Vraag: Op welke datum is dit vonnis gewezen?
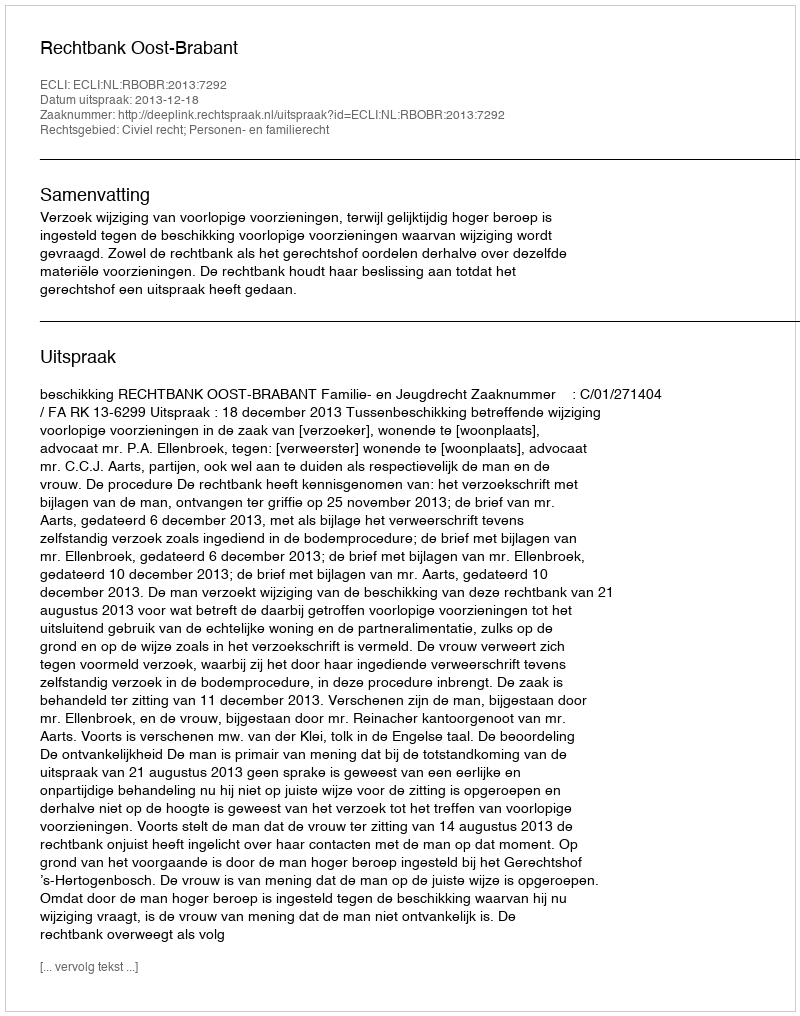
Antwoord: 2013-12-18